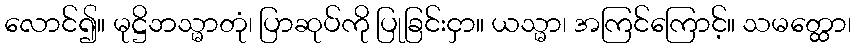
လောင်၍။ မုဋ္ဌိဘသ္မာတုံ၊ ပြာဆုပ်ကို ပြုခြင်းငှာ။ ယသ္မာ၊ အကြင်ကြောင့်။ သမတ္ထော၊